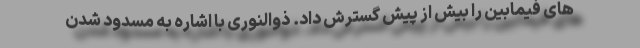
های فیمابین را بیش از پیش گسترش داد. ذوالنوری با اشاره به مسدود شدن